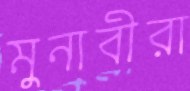
মুনাবীরা